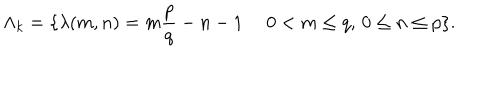
LaTeX: \Lambda _ { k } = \{ \lambda ( m , n ) = m \frac { p } { q } - n - 1 \, : \; 0 < m \leq q , \, 0 \leq n \leq p \} .